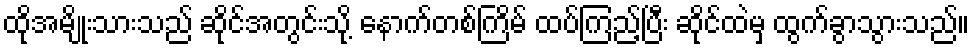
ထိုအမျိုးသားသည် ဆိုင်အတွင်းသို့ နောက်တစ်ကြိမ် ထပ်ကြည့်ပြီး ဆိုင်ထဲမှ ထွက်ခွာသွားသည်။